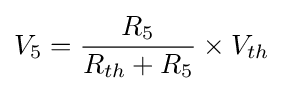
V_{5}={\frac {R_{5}}{R_{th}+R_{5}}}\times V_{th}